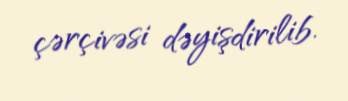
çərçivəsi dəyişdirilib.